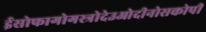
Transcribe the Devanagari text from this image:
ईसोफागोगस्त्रोदेउओदीनोसकोपी